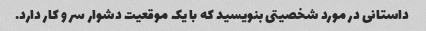
داستانی در مورد شخصیتی بنویسید که با یک موقعیت دشوار سر و کار دارد.